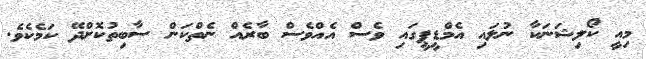
މިއީ ކޯލިޝަނަކާ ނުލައި އެމްޑީޕީގައި ވެސް އެއްވެސް ބާރެއް ނެތްކަން ސާބިތުކޮށްދޭ ކަމެކެވެ.